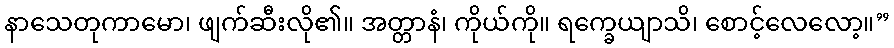
နာသေတုကာမော၊ ဖျက်ဆီးလို၏။ အတ္တာနံ၊ ကိုယ်ကို။ ရက္ခေယျာသိ၊ စောင့်လေလော့။”